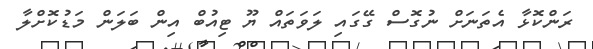
ރަންކޮޅާ އެތަނަށް ނުގޮސް ގޭގައި ލަވަތައް ޔޫ ޓިއުބް އިން ބަލަން މަޑުކޮށްލާ